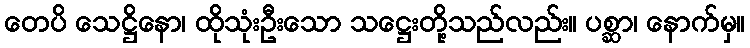
တေပိ သေဋ္ဌိနော၊ ထိုသုံးဦးသော သဋ္ဌေးတို့သည်လည်း။ ပစ္ဆာ၊ နောက်မှ။